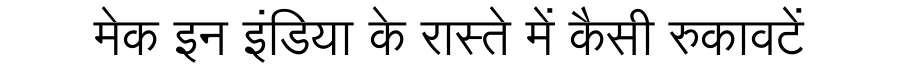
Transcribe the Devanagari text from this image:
मेक इन इंडिया के रास्ते में कैसी रुकावटें